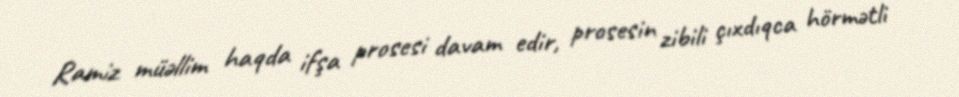
Ramiz müəllim haqda ifşa prosesi davam edir, prosesin zibili çıxdıqca hörmətli